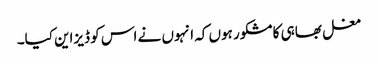
مغل بھاہی کا مشکور ہوں کہ انہوں نے اس کو ڈیزاین کیا۔